Annual report of the Camel Specialist
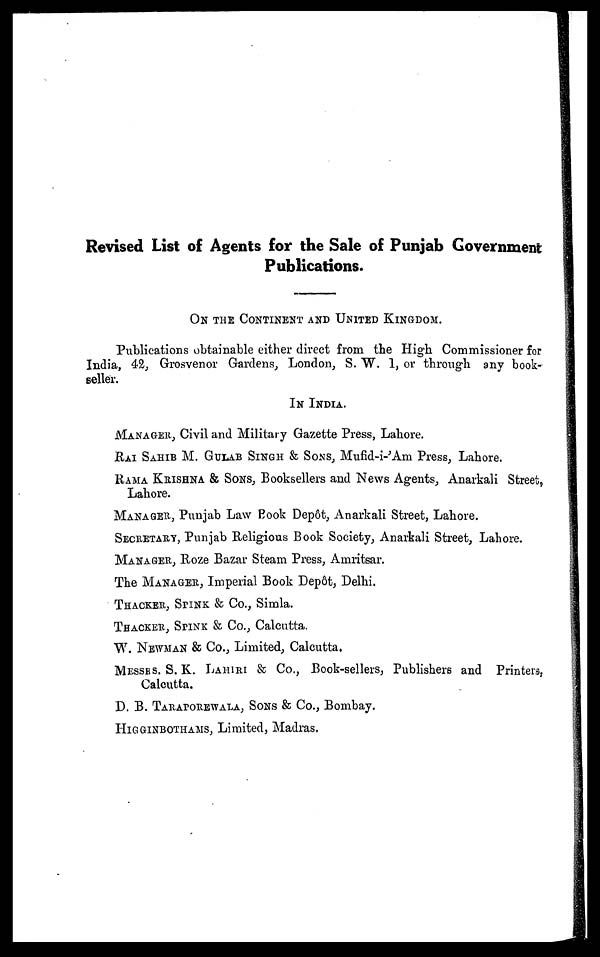
Revised List of Agents for the Sale of Punjab Government
Publications.
ON THE CONTINENT AND UNITED KINGDOM.
Publications obtainable either direct from the High Commissioner for
India, 42, Grosvenor Gardens, London, S. W. 1, or through any book-
seller.
IN INDIA.
MANAGER, Civil and Military Gazette Press, Lahore.
RAI SAHIB M. GULAB SINGH & SONS, Mufid-i-'Am Press, Lahore.
RAMA KRISHNA & SONS, Booksellers and News Agents, Anarkali Street,
Lahore.
MANAGER, Punjab Law Book Depôt, Anarkali Street, Lahore.
SECRETARY, Punjab Religious Book Society, Anarkali Street, Lahore.
MANAGER, Roze Bazar Steam Press, Amritsar.
The MANAGER, Imperial Book Depôt, Delhi.
THACKER, SPINK & Co., Simla.
THACKER, SPINK & Co., Calcutta.
W. NEWMAN & Co., Limited, Calcutta.
MESSRS. S. K. LAHIRI & Co., Book-sellers, Publishers and Printers,
Calcutta.
D. B. TARAPOREWALA, SONS & Co., Bombay.
HIGGINBOTHAMS, Limited, Madras.